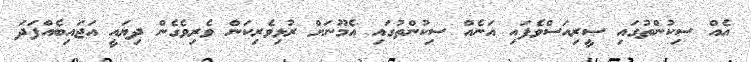
އެއް ސިކުންތުގައި ސީރިއަސްވެފައި އަނެއް ސިކުންތުގައި އެމޫނަށް ރުޅިވެރިކަން ވެރިވެގެން ދިޔައީ އަޖައިބެއްފަދަ